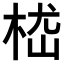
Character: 𣒎